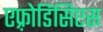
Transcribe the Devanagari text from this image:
एफ़्रोडिसिएस